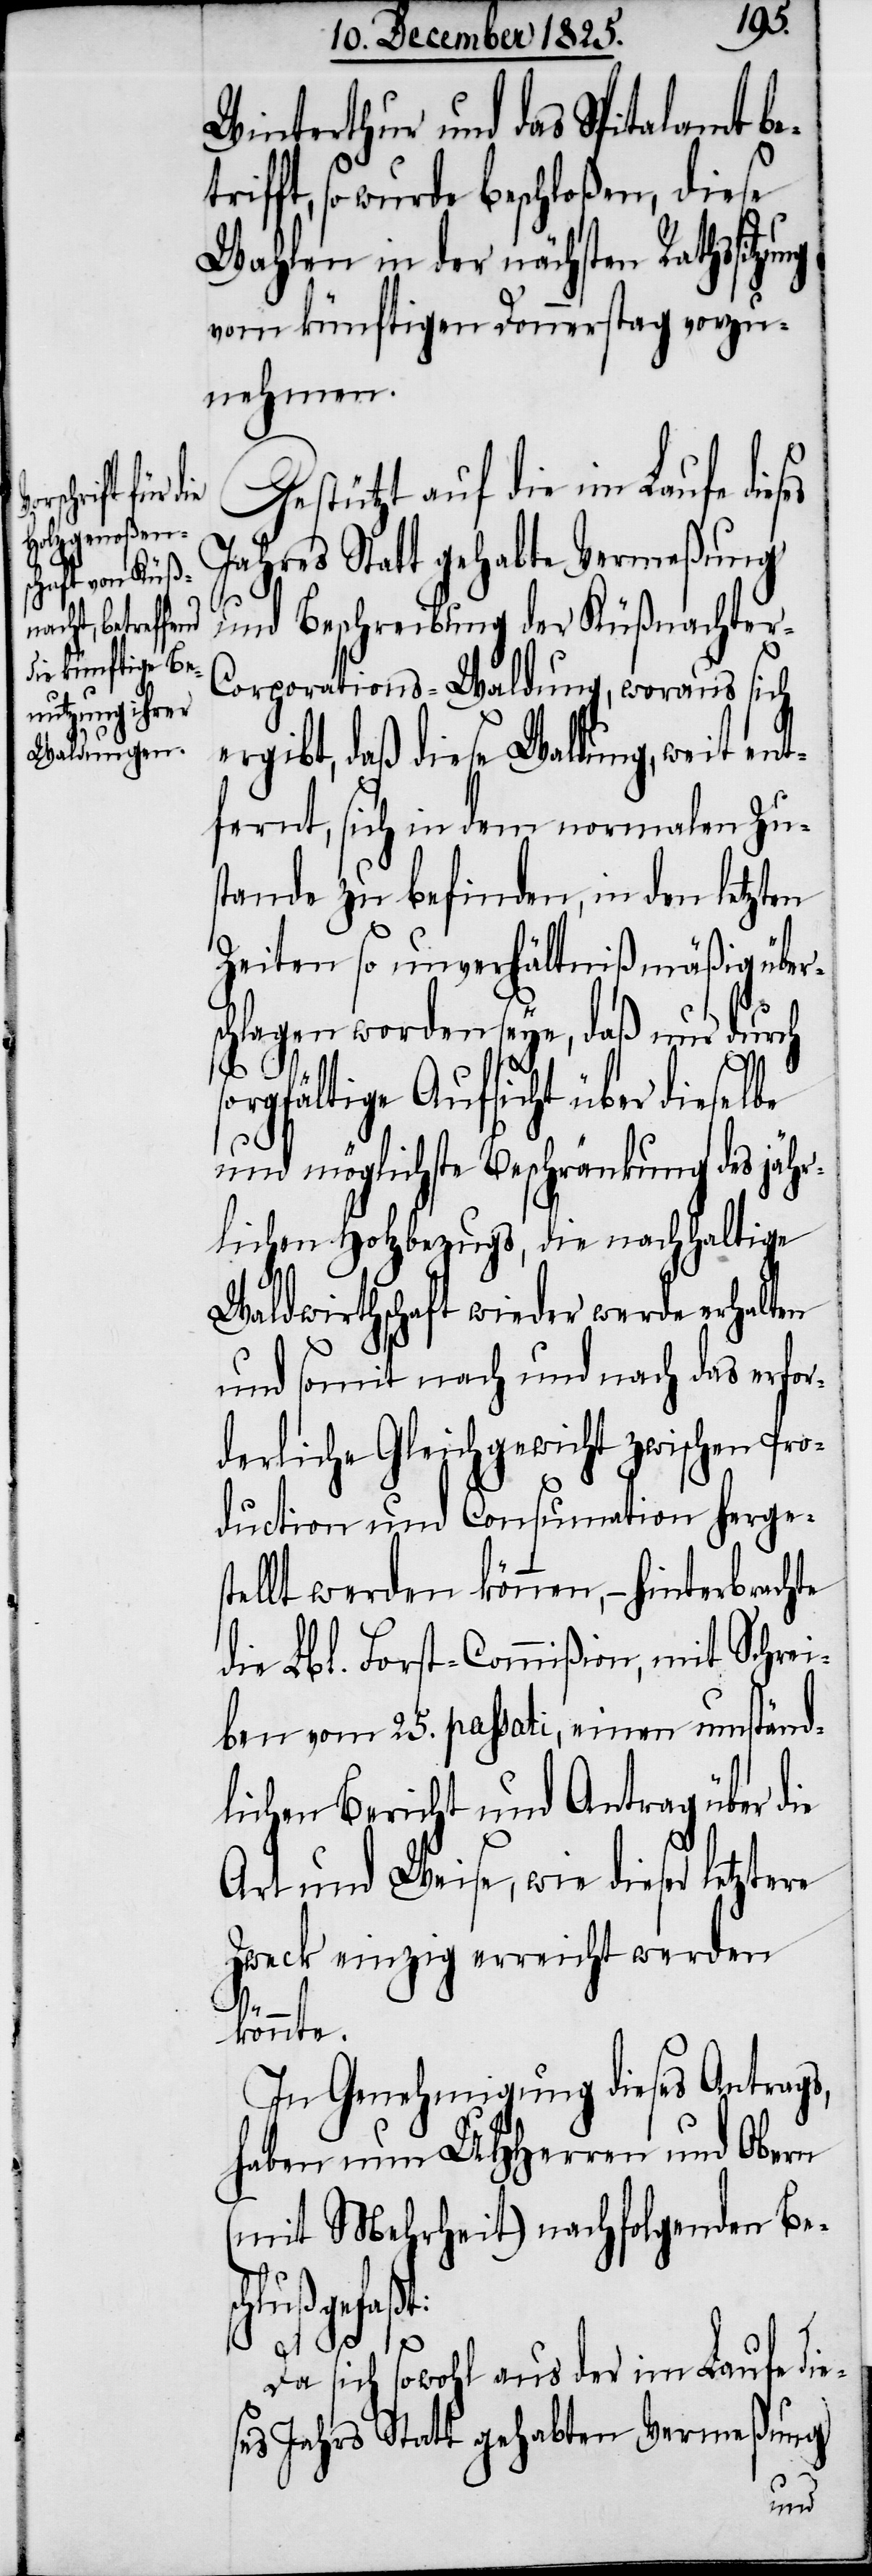
Winterthur und das Spitalamt be¬
fft, so wurde beschloßen, diese
Wahlen in der nächsten Rathssitzung
vom künftigen Donnerstag vorzu¬
nehmen.
Gestützt auf die im Laufe die¬
und Beschreibung der Küßnachter-C¬
orporations-Waldung, woraus sich
ergibt, daß diese Waldung, weit ent¬
fernt, sich in dem normalen Zu¬
stande zu befinden, in den letzten
Zeiten so unverhältnißmäßig über¬
schlagen worden seye, daß nur durch
orgfältige Aufsicht über dieselbe
und möglichste Beschränkung des jähr¬
lichen Holzbezugs, die nachhaltige
s¬
Waldwirthschaft wieder werde erhalten
und somit nach und nach das erfor¬
derliche Gleichgewicht zwischen Pro¬
duction und Consumation herges¬
tellt werden können, – hinterbrachte
die Lbl. Forst-Commißion, mit Schrei¬
ben vom 25. passati, einen umständ¬
lichen Bericht und Antrag über die
Art und Weise, wie dieser letztere
Zweck einzig erreicht werden
tri¬
könnte.
In Genehmigung dieses Antrags,
haben nun UHHerren und Obern
(mit Mehrheit) nachfolgenden Bes¬
chluß gefaßt:
Da sich sowohl aus der im Laufe die¬
ses Jahrs Statt gehabten Vermeßung